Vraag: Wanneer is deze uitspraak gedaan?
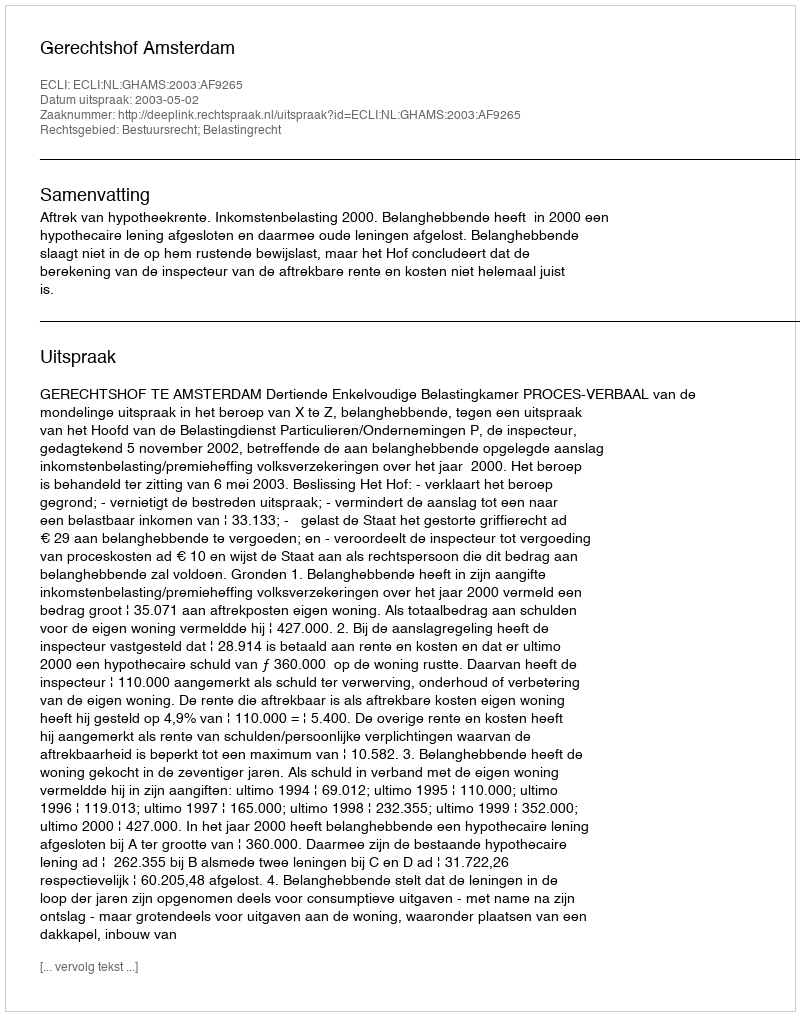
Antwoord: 2003-05-02